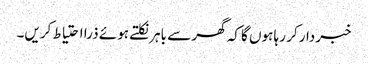
خبردار کر رہا ہوں گا کہ گھر سے باہر نکلتے ہوئے ذرا احتیاط کریں۔